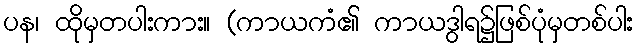
ပန၊ ထိုမှတပါးကား။ (ကာယကံ၏ ကာယဒွါရ၌ဖြစ်ပုံမှတစ်ပါး